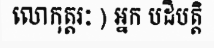
លោកុត្តរៈ ) អ្នក បដិបត្តិ